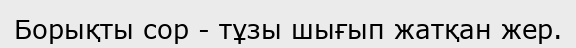
Борықты сор - тұзы шығып жатқан жер.